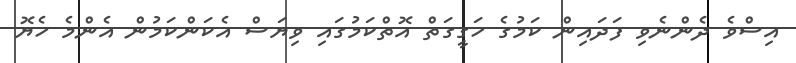
އިސްވެ ދެންނެވި ފަދައިން ކަމުގެ ހަގީގަތް އޮތްކަމުގައި ވިޔަސް އެކަންކަމުން އެންމެ ހެޔޮ